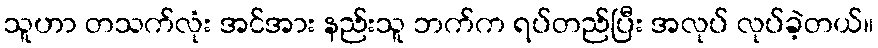
သူဟာ တသက်လုံး အင်အား နည်းသူ ဘက်က ရပ်တည်ပြီး အလုပ် လုပ်ခဲ့တယ်။